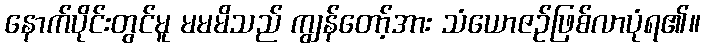
နောက်ပိုင်းတွင်မူ မမမိသည် ကျွန်တော့်အား သံယောဇဉ်ဖြစ်လာပုံရ၏။